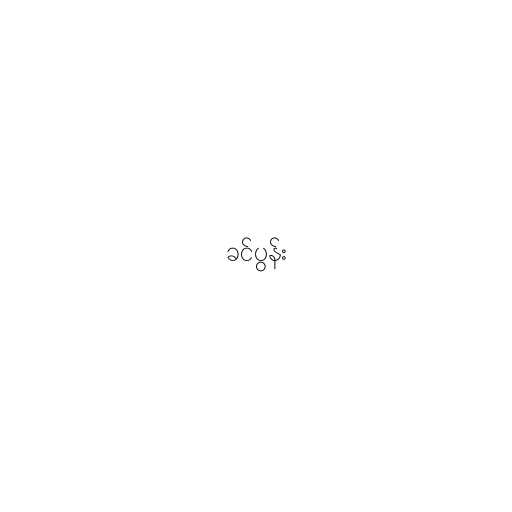
ခင်ပွန်း